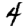
Digit: 4